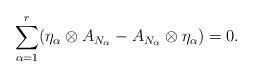
LaTeX: \begin{align*}\sum_{\alpha=1}^r(\eta_{\alpha}\otimes A_{N_{\alpha}}-A_{N_{\alpha}}\otimes \eta_{\alpha})=0.\end{align*}